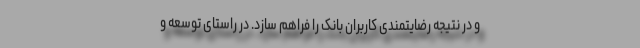
و در نتیجه رضایتمندی کاربران بانک را فراهم سازد. در راستای توسعه و